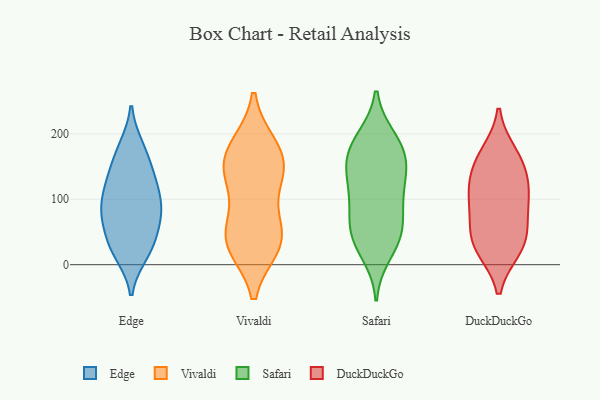
{"axis": {"x": "Backlog", "y": "Value"}, "legend": ["DuckDuckGo", "Edge", "Safari", "Vivaldi"], "data": [{"x": "", "y": 179, "type": "Edge"}, {"x": "", "y": 108, "type": "Edge"}, {"x": "", "y": 138, "type": "Edge"}, {"x": "", "y": 50, "type": "Edge"}, {"x": "", "y": 156, "type": "Edge"}, {"x": "", "y": 180, "type": "Edge"}, {"x": "", "y": 16, "type": "Edge"}, {"x": "", "y": 66, "type": "Edge"}, {"x": "", "y": 90, "type": "Edge"}, {"x": "", "y": 128, "type": "Edge"}, {"x": "", "y": 78, "type": "Edge"}, {"x": "", "y": 27, "type": "Edge"}, {"x": "", "y": 70, "type": "Edge"}, {"x": "", "y": 131, "type": "Edge"}, {"x": "", "y": 91, "type": "Edge"}, {"x": "", "y": 96, "type": "Edge"}, {"x": "", "y": 33, "type": "Edge"}, {"x": "", "y": 17, "type": "Edge"}, {"x": "", "y": 179, "type": "Vivaldi"}, {"x": "", "y": 148, "type": "Vivaldi"}, {"x": "", "y": 155, "type": "Vivaldi"}, {"x": "", "y": 181, "type": "Vivaldi"}, {"x": "", "y": 29, "type": "Vivaldi"}, {"x": "", "y": 30, "type": "Vivaldi"}, {"x": "", "y": 51, "type": "Vivaldi"}, {"x": "", "y": 34, "type": "Vivaldi"}, {"x": "", "y": 141, "type": "Vivaldi"}, {"x": "", "y": 57, "type": "Vivaldi"}, {"x": "", "y": 121, "type": "Vivaldi"}, {"x": "", "y": 40, "type": "Safari"}, {"x": "", "y": 108, "type": "Safari"}, {"x": "", "y": 75, "type": "Safari"}, {"x": "", "y": 148, "type": "Safari"}, {"x": "", "y": 151, "type": "Safari"}, {"x": "", "y": 104, "type": "Safari"}, {"x": "", "y": 17, "type": "Safari"}, {"x": "", "y": 152, "type": "Safari"}, {"x": "", "y": 47, "type": "Safari"}, {"x": "", "y": 112, "type": "Safari"}, {"x": "", "y": 183, "type": "Safari"}, {"x": "", "y": 162, "type": "Safari"}, {"x": "", "y": 193, "type": "Safari"}, {"x": "", "y": 42, "type": "Safari"}, {"x": "", "y": 189, "type": "Safari"}, {"x": "", "y": 60, "type": "Safari"}, {"x": "", "y": 157, "type": "DuckDuckGo"}, {"x": "", "y": 108, "type": "DuckDuckGo"}, {"x": "", "y": 50, "type": "DuckDuckGo"}, {"x": "", "y": 25, "type": "DuckDuckGo"}, {"x": "", "y": 110, "type": "DuckDuckGo"}, {"x": "", "y": 78, "type": "DuckDuckGo"}, {"x": "", "y": 39, "type": "DuckDuckGo"}, {"x": "", "y": 109, "type": "DuckDuckGo"}, {"x": "", "y": 169, "type": "DuckDuckGo"}, {"x": "", "y": 150, "type": "DuckDuckGo"}, {"x": "", "y": 25, "type": "DuckDuckGo"}]}